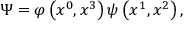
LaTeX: \Psi = \varphi \left( x ^ { 0 } , x ^ { 3 } \right) \psi \left( x ^ { 1 } , x ^ { 2 } \right) ,